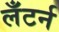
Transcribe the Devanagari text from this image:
लँटर्न